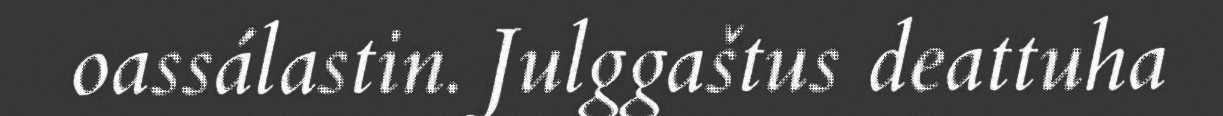
oassálastin. Julggaštus deattuha